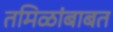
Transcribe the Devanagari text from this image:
तमिळांबाबत